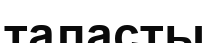
таласты